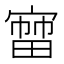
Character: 𡪒